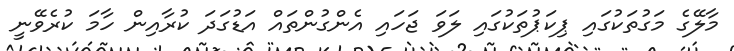
މާލޭގެ މަގުތަކުގައި ޕިކަޕުތަކުގައި ލަވަ ޖަހައި އެންގުންތައް އަޑުގަދަ ކުރާއިން ހާމަ ކުރެވޭނީ